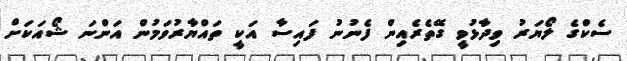
ސެކްގެ ލޯޔަރު ވިދާޅުވީ ގޭތެރެއިން ފެނުނު ފައިސާ އަކީ ތައްޔާރުވަމުން އަންނަ ޝޯއަކަށް